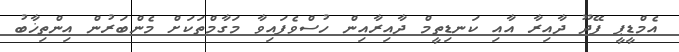
އެމްޑީޕީ ފޭދޫ ދާއިރާ އާއި ކަނޑިތީމް ދާއިރާއިން ހުސްވެފައިވާ މަގާމްތަކަށް މެންބަރުން އިންތިޚާބު